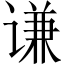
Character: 谦